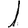
Digit: 1